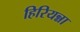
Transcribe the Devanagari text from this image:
हिरियन्ना